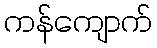
ကန်ကျောက်